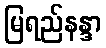
မြရည်နန္ဒာ